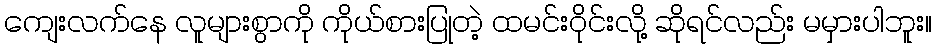
ကျေးလက်နေ လူများစွာကို ကိုယ်စားပြုတဲ့ ထမင်းဝိုင်းလို့ ဆိုရင်လည်း မမှားပါဘူး။